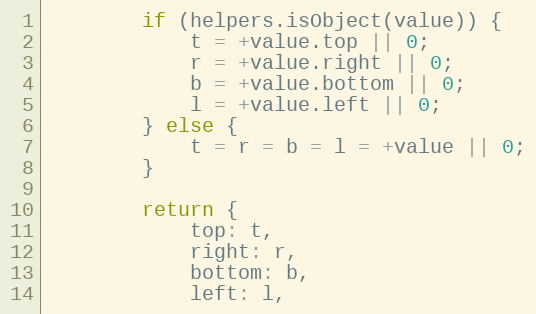
Language: JavaScript
		if (helpers.isObject(value)) {
			t = +value.top || 0;
			r = +value.right || 0;
			b = +value.bottom || 0;
			l = +value.left || 0;
		} else {
			t = r = b = l = +value || 0;
		}

		return {
			top: t,
			right: r,
			bottom: b,
			left: l,